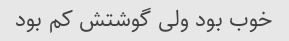
خوب بود ولی گوشتش کم بود